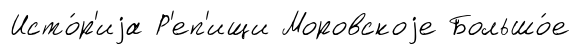
Исто́р'иjа Р'еп'ищи Моровскоjе Большо́е